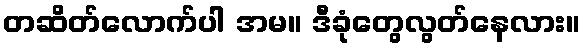
တဆိတ်လောက်ပါ အမ။ ဒီခုံတွေလွတ်နေလား။